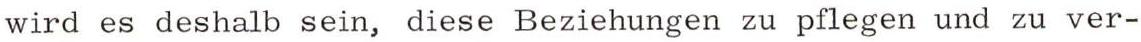
wird es deshalb sein, diese Beziehungen zu pflegen und zu ver-